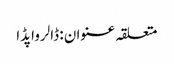
متعلقہ عنوان : ڈالرواپڈا